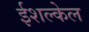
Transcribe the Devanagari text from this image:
ईशल्केल